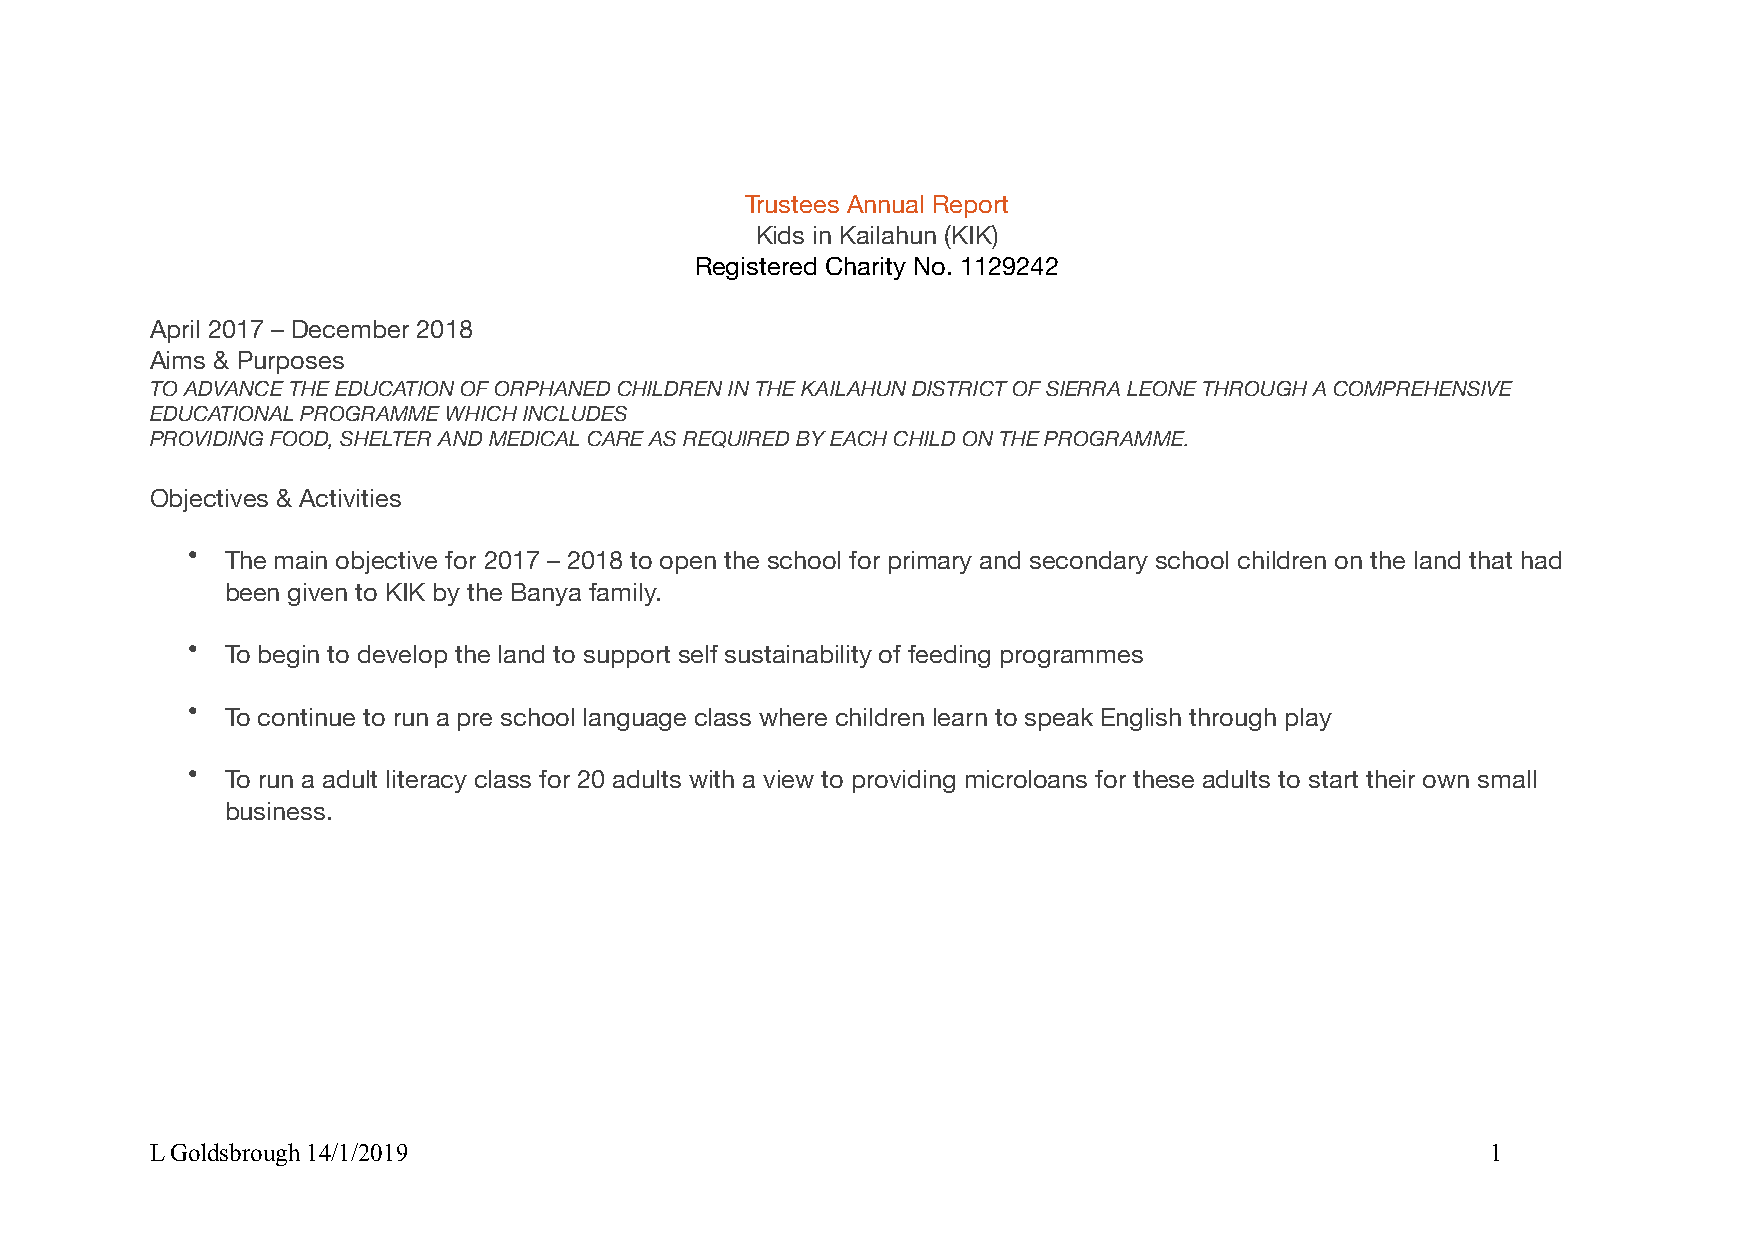
Trustees Annual Report
 Kids in Kailahun (KIK)
 Registered Charity No. 1129242
 April 2017 – December 2018
 Aims & Purposes
 TO ADVANCE THE EDUCATION OF ORPHANED CHILDREN IN THE KAILAHUN DISTRICT OF SIERRA LEONE THROUGH A COMPREHENSIVE
 EDUCATIONAL PROGRAMME WHICH INCLUDES
 PROVIDING FOOD, SHELTER AND MEDICAL CARE AS REQUIRED BY EACH CHILD ON THE PROGRAMME.
 Objectives & Activities
 •  The main objective for 2017 – 2018 to open the school for primary and secondary school children on the land that had
 been given to KIK by the Banya family.
 •  To begin to develop the land to support self sustainability of feeding programmes
 •  To continue to run a pre school language class where children learn to speak English through play
 •  To run a adult literacy class for 20 adults with a view to providing microloans for these adults to start their own small
 business.
 L Goldsbrough 14/1/2019                                                                  1